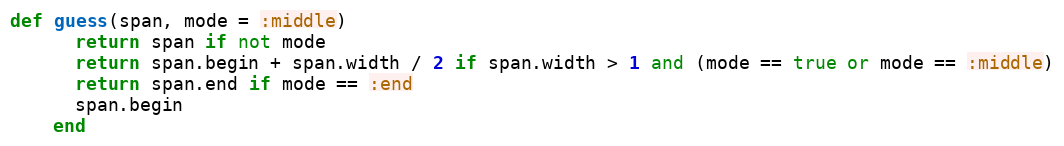
Language: Ruby
def guess(span, mode = :middle)
      return span if not mode
      return span.begin + span.width / 2 if span.width > 1 and (mode == true or mode == :middle)
      return span.end if mode == :end
      span.begin
    end